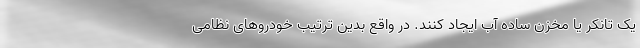
یک تانکر یا مخزن ساده آب ایجاد کنند. در واقع بدین ترتیب خودروهای نظامی